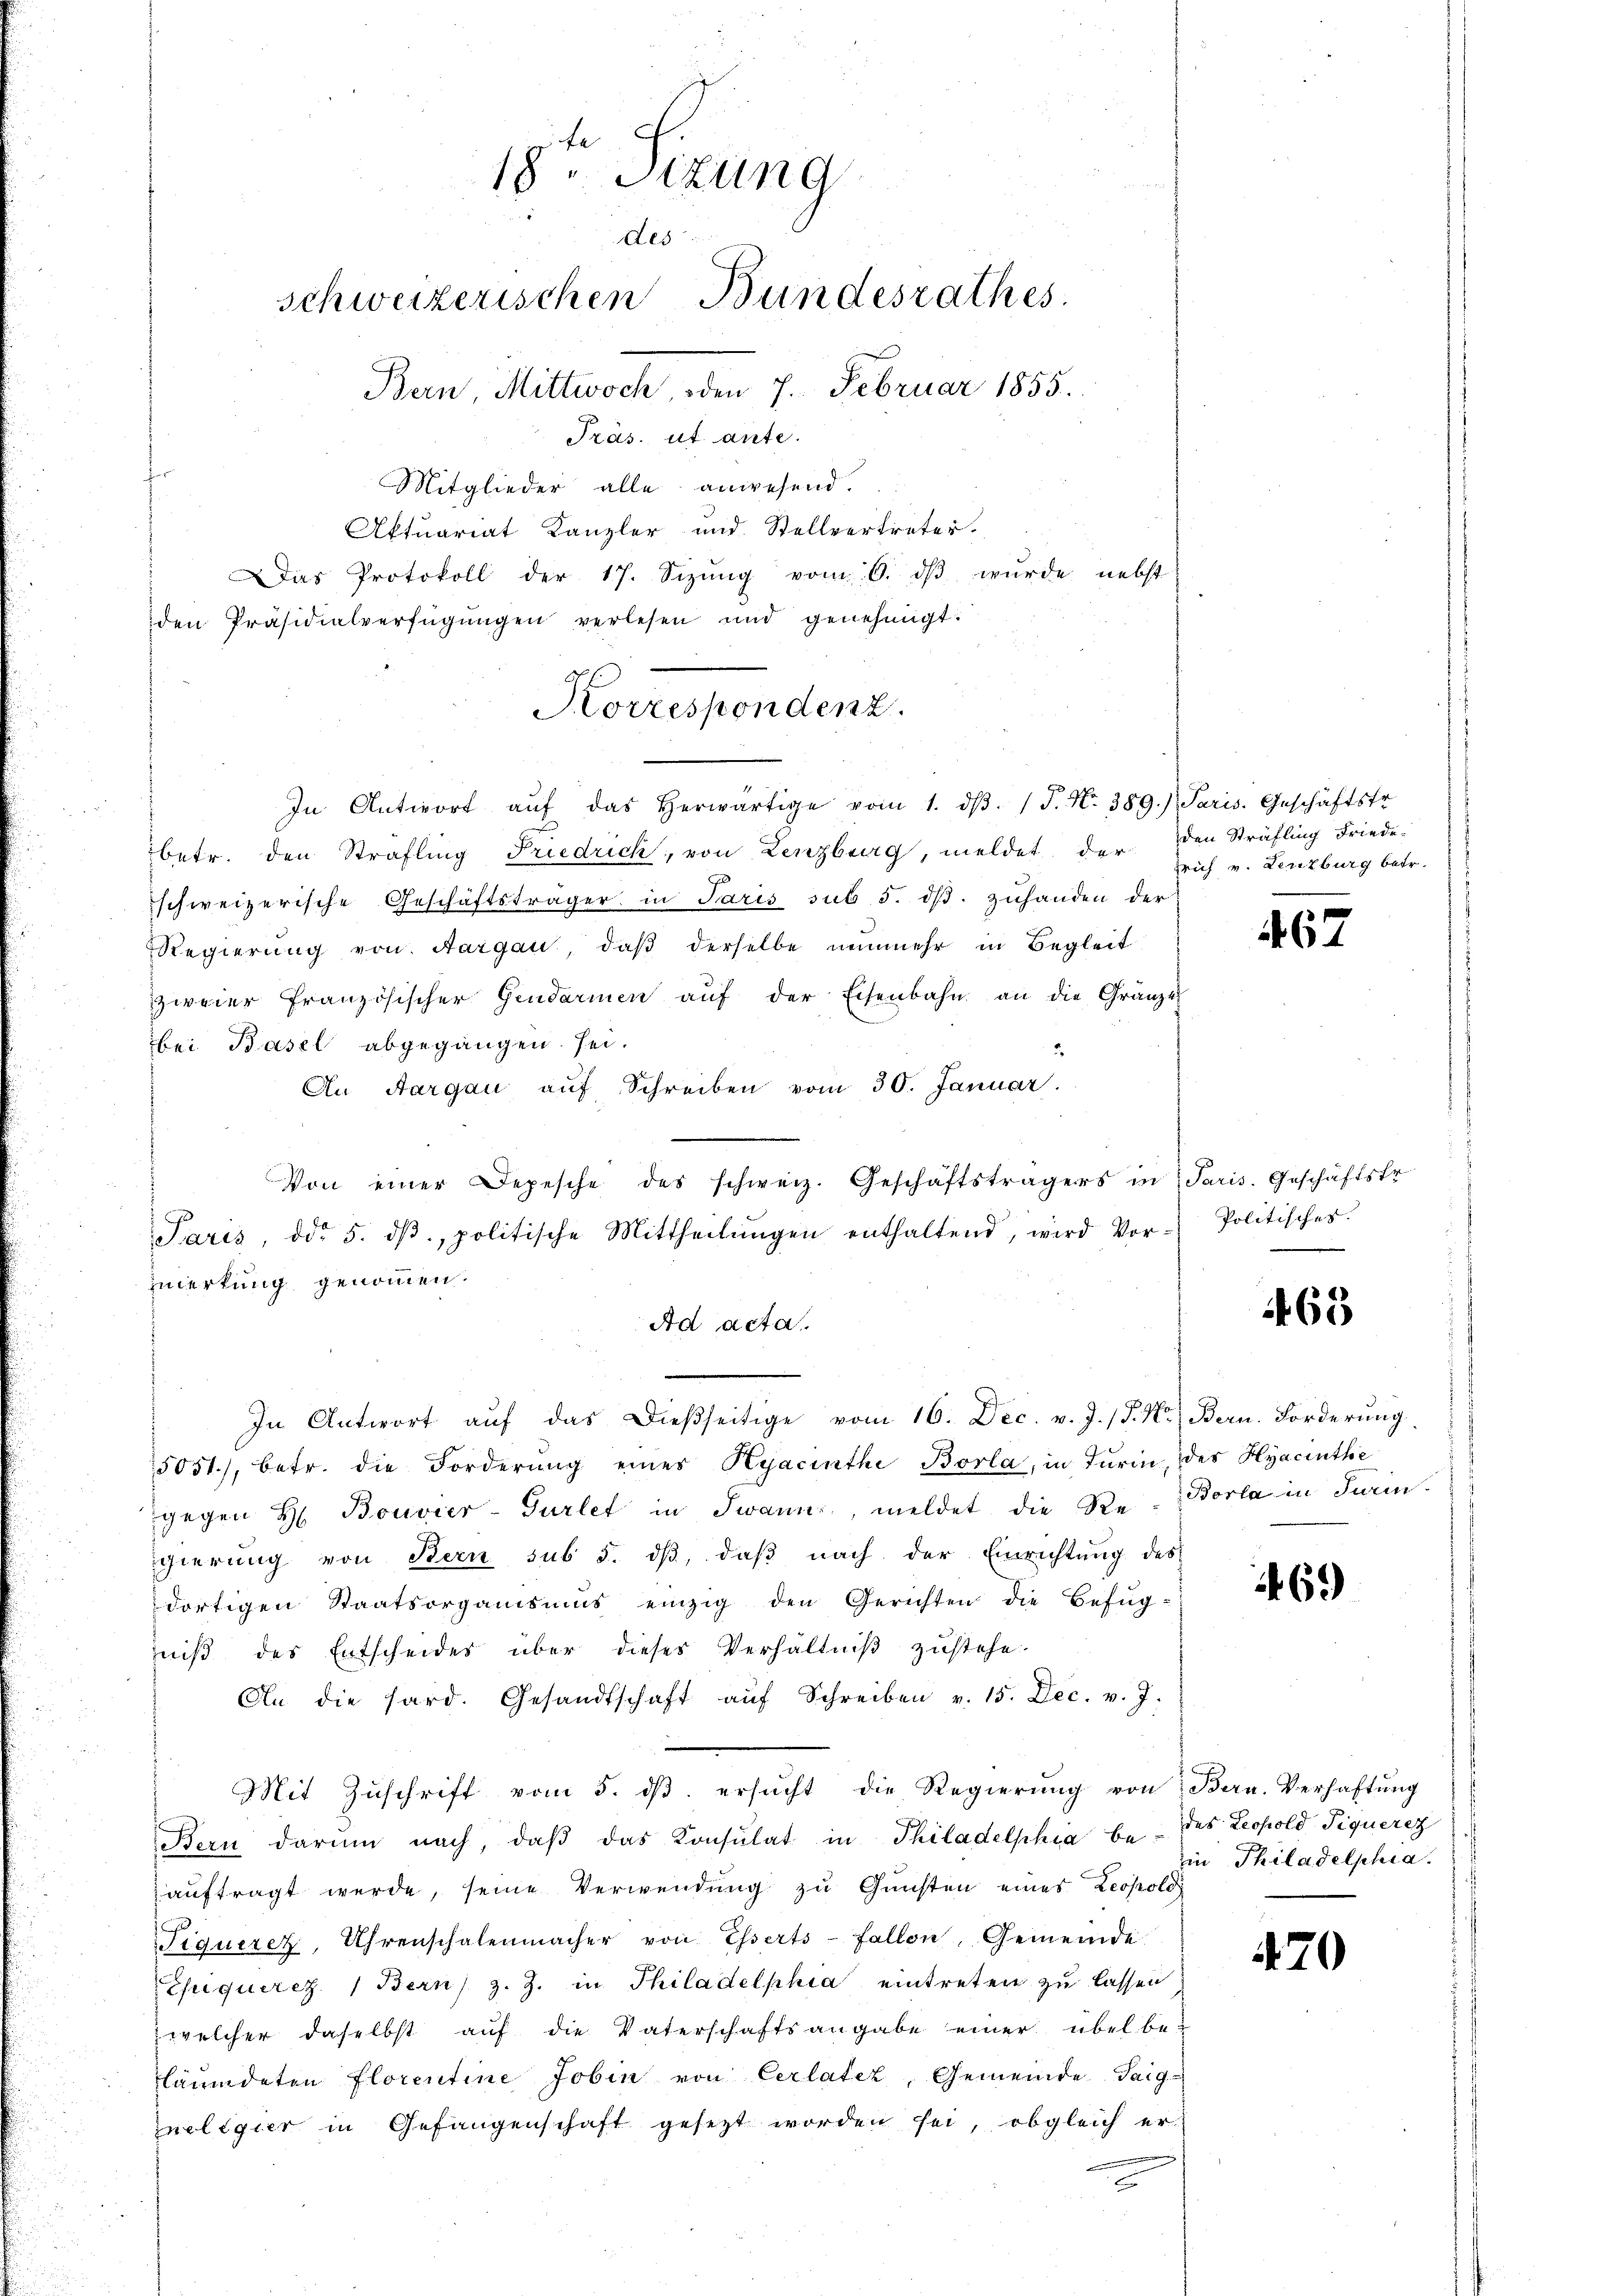
18ten Sizung
des
schweizerischen Bundesrathes.
Bern, Mittwoch, den 7. Februar 1855.

Präs. ut ante.
Mitglieder alle anwesend.
Aktuariat Kanzler und Stellvertreter.
Das Protokoll der 17. Sizŭng vom 6. dβ wurde nebst
den Präsidialverfügŭngen verlesen und genehmigt.
In Antwort aŭf das herwärtige vom 1. dβ. J. N. 389.) Paris. Geschäftstr
betr. den Strafling Friedrich, von Lenzburg, meldet der den Sträfling Friede
schweizerische Geschäftsträger in Paris sub 5. dβ zuhanden der
Regierung von Aargau, daß derselbe nunmehr in Begleit
zweier französischer Gendarmen aŭf der Eisenbahn an die Gränze
bei Basel abgegangen sei.
An Aargau aŭf Schreiben vom 30. Januar
Von einer Depesche des schweiz. Geschäftsträgers in Paris. Geschäftsfr.
Paris, ddo 5. dβ, politische Mittheilŭngen enthaltend, wird Vor
zwerkung genommen.
Ad acta.
In Antwort aŭf das dießseitige vom 16. Dec. v. J. /. M. Bern. Forderung
5051), betr. die Forderung eines Kyacinthe Borla, in Turin, des Hyacinthe
gegen H. Bouvier-Gurlet in Twann, meldet die Re-Borla in Turin
gierung von Bern sub 5. dβ, daß nach der Einrichtung des
dortigen Staatsorganismus einzig den Gerichten die Befug-
niβ des Entscheides über dieses Verhältniβ zŭstehe.
An die sard. Gesandtschaft aŭf Schreiben v. 15. Dec. v. J.
Mit Zŭschrift vom 5. dβ. ersŭcht die Regierŭng von Bern. Verhaftŭng
Bern darum nach, daβ das Konsulat in Philadelphia be- des Leopold Piquerez
auftragt werde, seine Verwendung zu Gunsten eines Leopold
x
Siqueret, Uhrenschalenmacher von Esserts- Fallen, Gemeinde
Chiquerez. 1 Bern, z. Z. in Philadelphia eintreten zu lassen:
welcher daselbst aŭf die Vaterschaftsangabe einer übel be-
läumdeten Florentine Jobin von Cerlater, Gemeinde Teigzneligier in Gefangenschaft gesezt worden sei, obgleich er-

Korrespondenz.

rich v. Lenzburg betr.

67

Politisches.

63

69

in Philadelphia

470